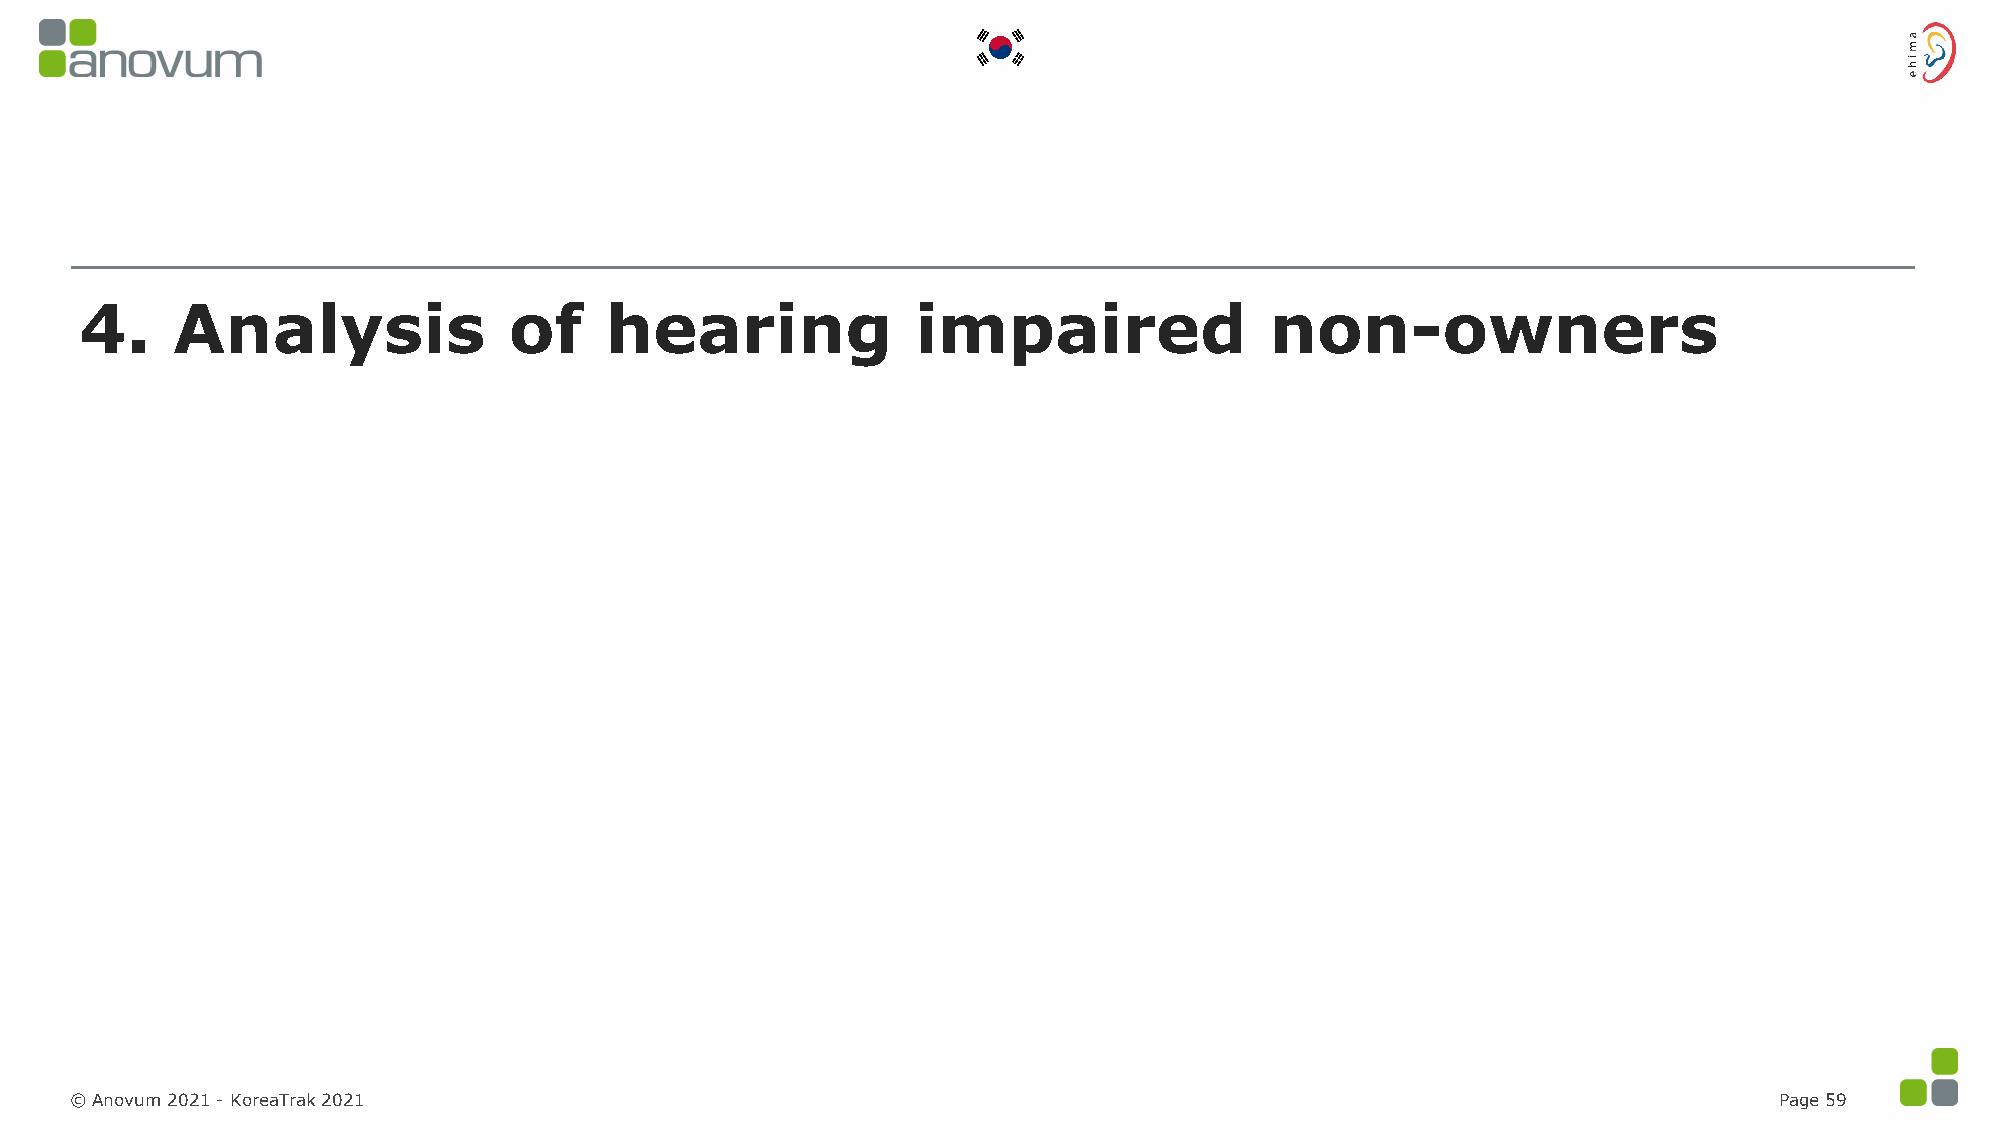
4.    Analysis               of    hearing              impaired               non-owners
 © Anovum 2021 -KoreaTrak 2021                                                                                    Page 59